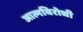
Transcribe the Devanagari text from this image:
आत्मविरोधी